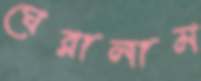
ঘেরালাম